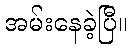
အမ်းနေခဲ့ပြီ။